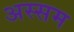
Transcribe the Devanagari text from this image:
अस्सम